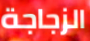
الزجاجة